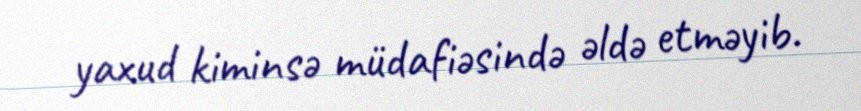
yaxud kiminsə müdafiəsində əldə etməyib.